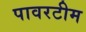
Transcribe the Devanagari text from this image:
पावरटीम